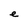
Character: e